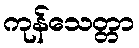
ကုန်သေတ္တာ